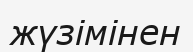
жүзімінен